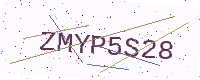
Text: ZMYP5S28